Annual report of the Punjab Veterinary College and of the Civil Veterinary Department, Punjab - 1920-1925
Year: 1920
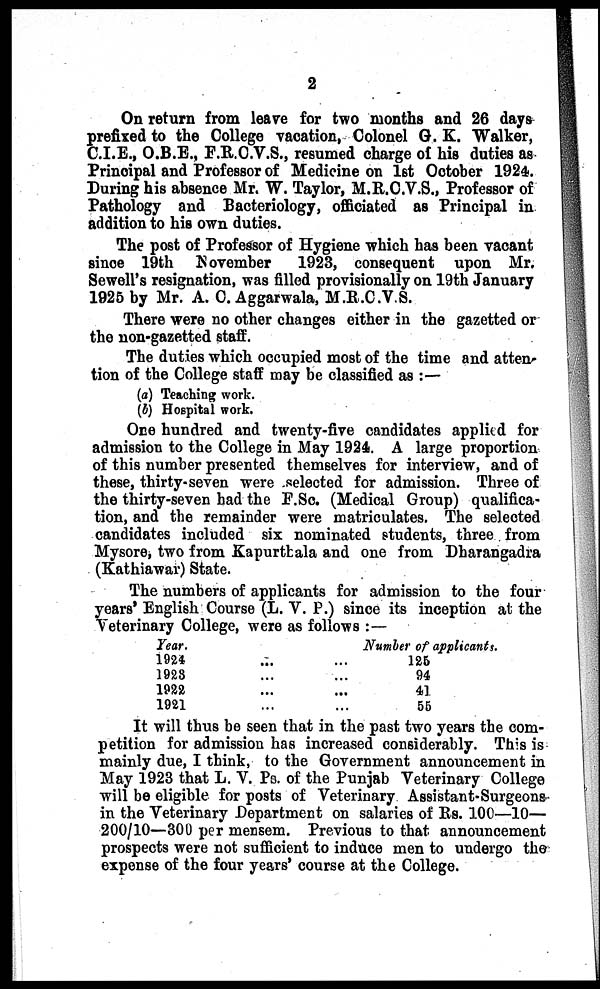
2
On return from leave for two months and 26 days
prefixed to the College vacation, Colonel G. K. Walker,
C.I.E., O.B.E., F.R.O.V.S., resumed charge of his duties as
Principal and Professor of Medicine on 1st October 1924.
During his absence Mr. W. Taylor, M.R.C.V.S., Professor of
Pathology and Bacteriology, officiated as Principal in
addition to his own duties.
The post of Professor of Hygiene which has been vacant
since 19th November
1923, consequent upon Mr.
Sewell's resignation, was filled provisionally on 19th January
1925 by Mr. A. C. Aggarwala, M.R.C.V.S.
There were no other changes either in the gazetted or
the non-gazetted staff.
The duties which occupied most of the time and atten-
tion of the College staff may be classified as:—
(a) Teaching work.
(b) Hospital work.
One hundred and twenty-five candidates applied for
admission to the College in May 1924. A large proportion
of this number presented themselves for interview, and of
these, thirty-seven were selected for admission. Three of
the thirty-seven had the F.Sc. (Medical Group) qualifica-
tion, and the remainder were matriculates. The selected
candidates included six nominated students, three from
Mysore, two from Kapurtbala and one from Dharangadra
(Kathiawar) State.
The numbers of applicants for admission to the four
years' English Course (L. V. P.) since its inception at the
Veterinary College, were as follows:—
Year.
1924
1928
1922
1921
...
...
...
...
...
...
...
...
Number of applicants.
125
94
41
56
It will thus be seen that in the past two years the com-
petition for admission has increased considerably. This is
mainly due, I think, to the Government announcement in
May 1923 that L. V. Ps. of the Punjab Veterinary College
will be eligible for posts of Veterinary Assistant-Surgeons
in the Veterinary Department on salaries of Rs. 100—10—
200/10—300 per mensem. Previous to that announcement
prospects were not sufficient to induce men to undergo the
expense of the four years' course at the College.